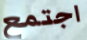
اجتمع